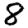
Digit: 8